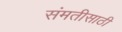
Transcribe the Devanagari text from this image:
संमतीसाठी